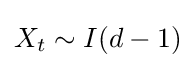
X_{t}\sim I(d-1)